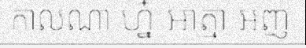
កាលណា ហ្ន៎ អាត្មា អញ